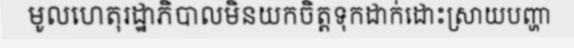
មូលហេតុរដ្ឋាភិបាលមិនយកចិត្តទុកដាក់ដោះស្រាយបញ្ហា